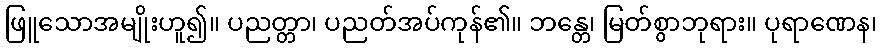
ဖြူသောအမျိုးဟူ၍။ ပညတ္တာ၊ ပညတ်အပ်ကုန်၏။ ဘန္တေ၊ မြတ်စွာဘုရား။ ပုရာဏေန၊